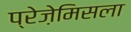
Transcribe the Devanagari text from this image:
प्रेज़ेमिसला